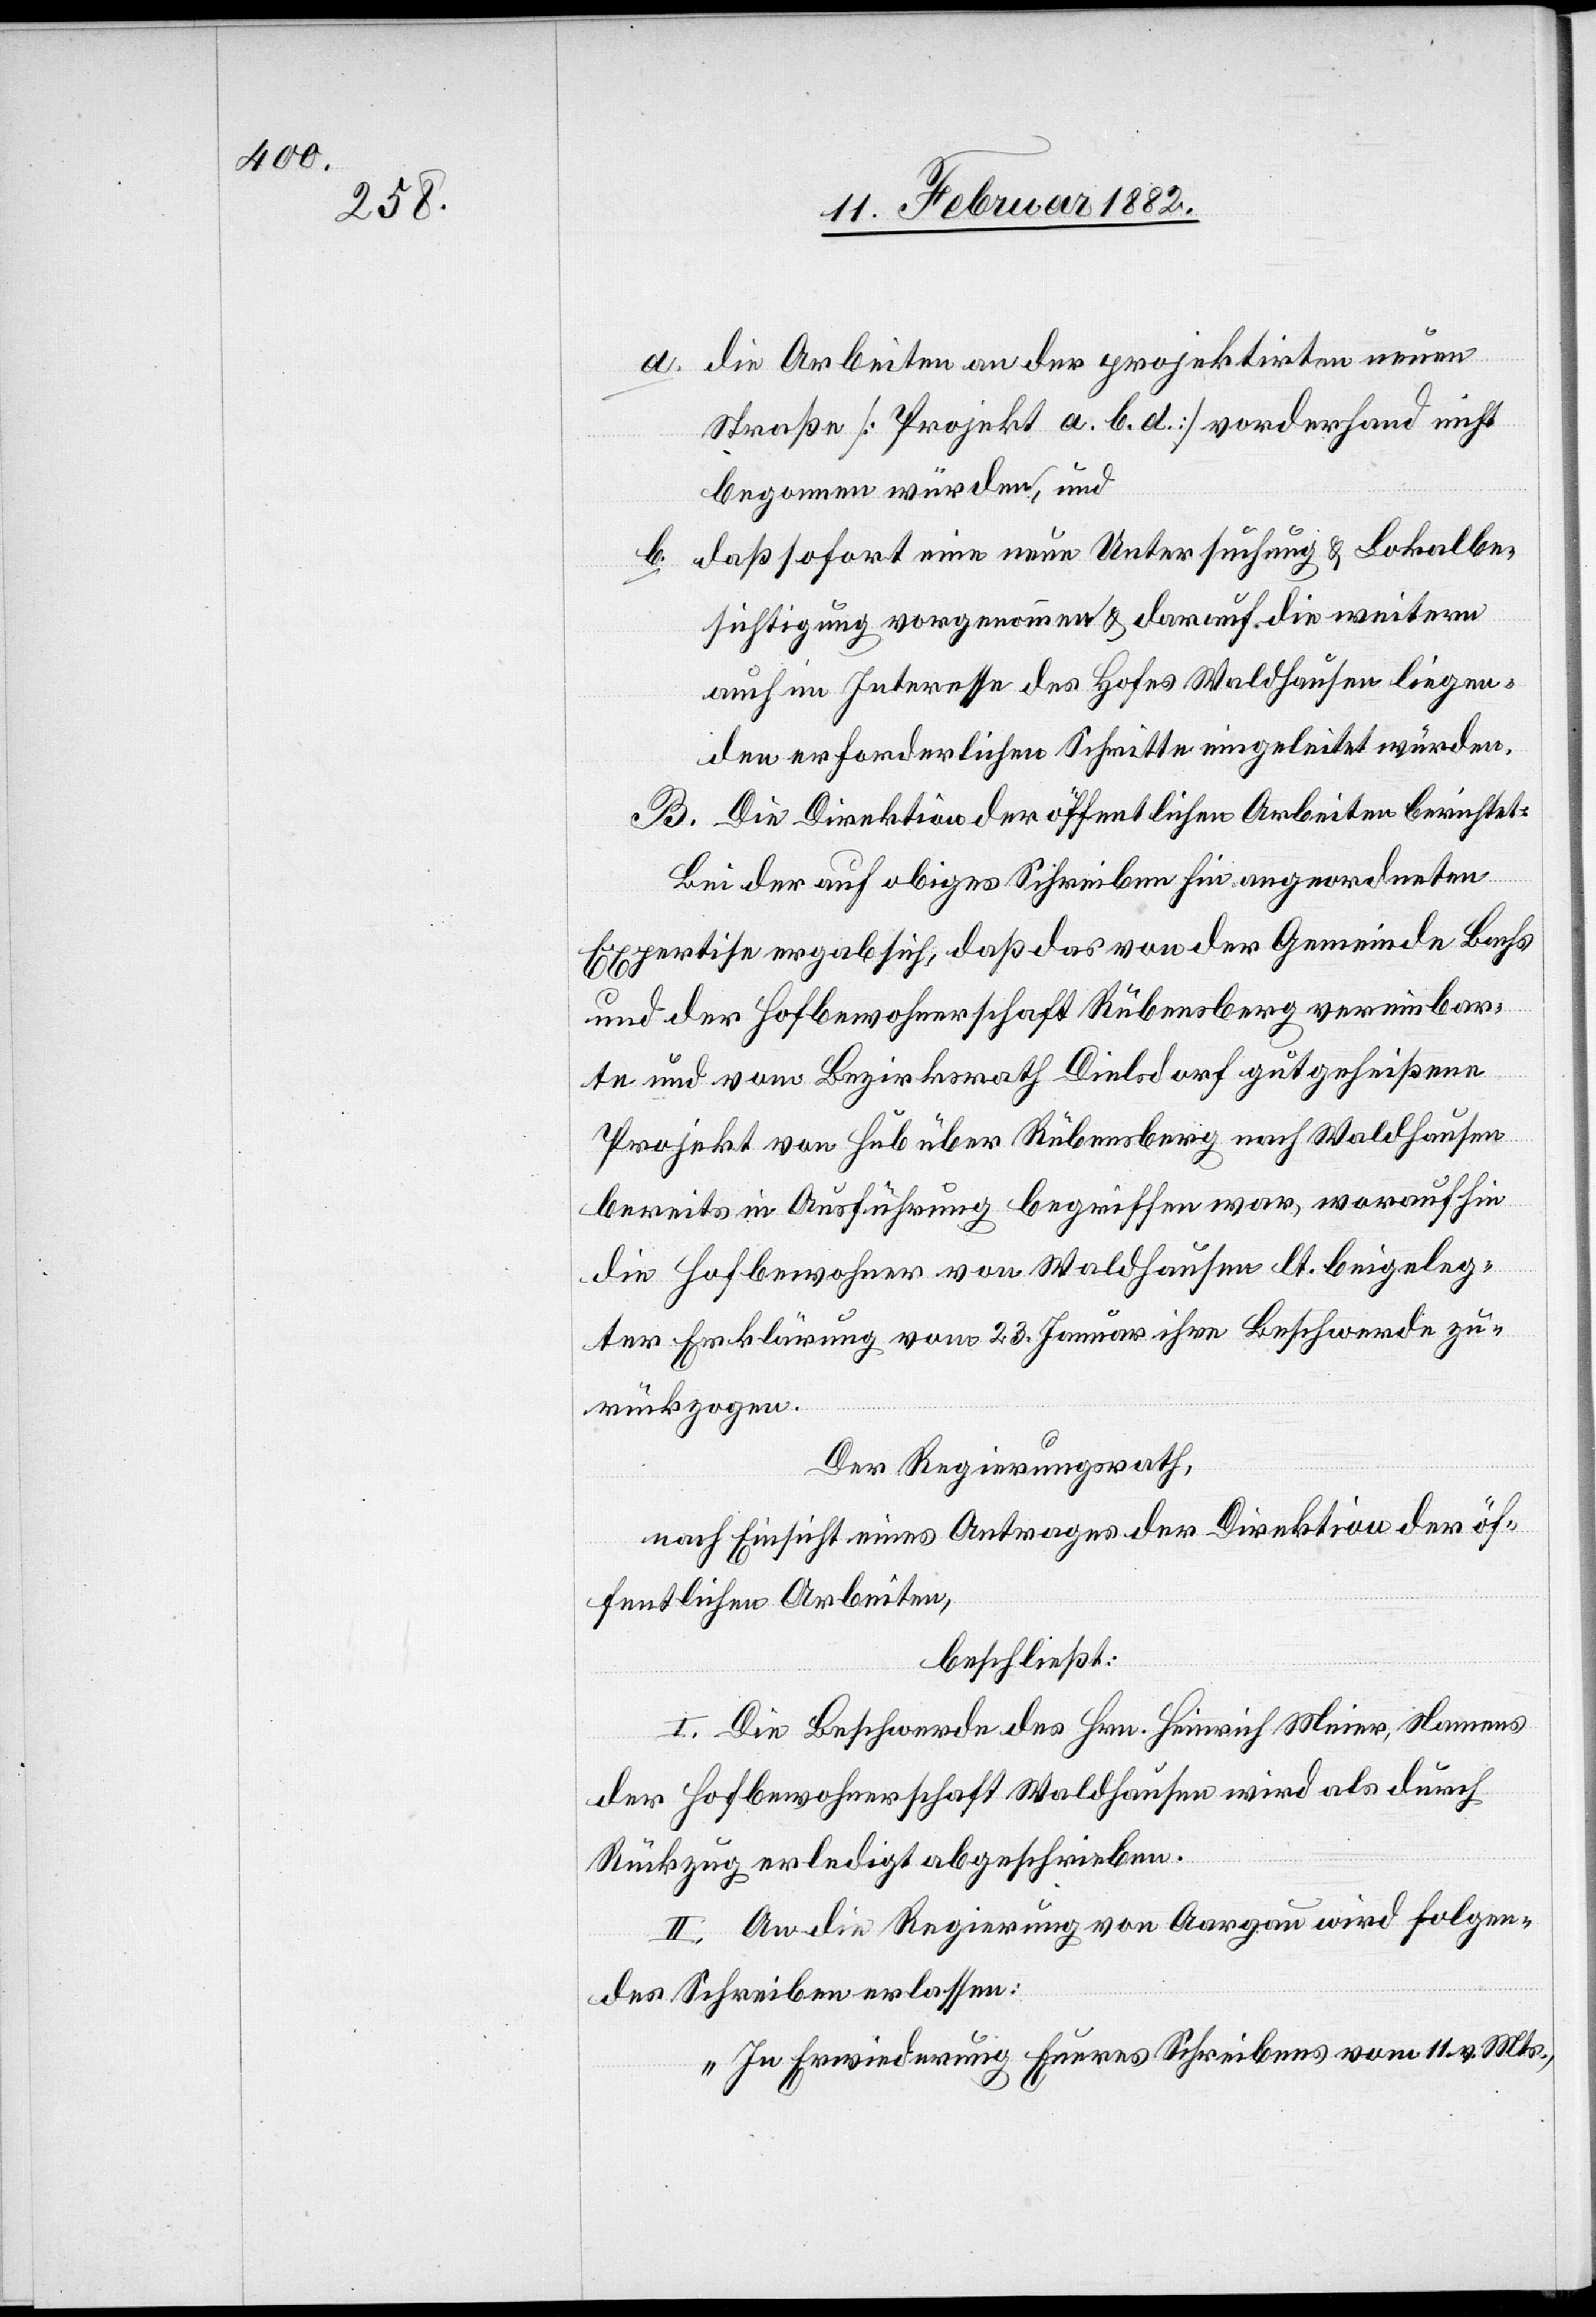
a. die Arbeiten an der projektirten neuen
Straße [Projekt a. b. d.] vorderhand nicht
begonnen würden, und
b. daß sofort eine neue Untersuchung & Lokalbe¬
sichtigung vorgenommen & darauf die weitere
auch im Intereses des Hofes Waldhausen liegen¬
den erforderlichen Schritte eingeleitet würden.
B. Die Direktion der öffentlichen Arbeiten berichtet:
Bei der auf obiges Schreiben hin angeordneten
Expertise ergab sich, daß das von der Gemeinde Bachs
und der Hofbewohnerschaft Rübensberg vereinbar¬
te und vom Bezirksrath Dielsdorf gutgeheißene
Projekt von Hub über Rübensberg nach Waldhausen
bereits in Ausführung begriffen war, woraufhin
die Hofbewohner von Waldhausen lt. beigeleg¬
ter Erklärung vom 23. Januar ihre Beschwerde zu¬
rückzogen.
Der Regierungsrath,
nach Einsicht eines Antrages der Direktion der öf¬
fentlichen Arbeiten,
beschließt:
I. Die Beschwerde des Hrn. Heinrich Meier, Namens
der Hofbewohnerschaft Waldhausen wird als durch
Rückzug erledigt abgeschrieben.
II. An die Regierung von Aargau wird folgen¬
des Schreiben erlassen:
„In Erwiederung Eures Schreibens vom 11. v. Mts.